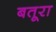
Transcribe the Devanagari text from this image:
बतूरा